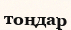
тоңдар